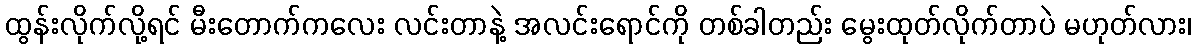
ထွန်းလိုက်လို့ရင် မီးတောက်ကလေး လင်းတာနဲ့ အလင်းရောင်ကို တစ်ခါတည်း မွေးထုတ်လိုက်တာပဲ မဟုတ်လား၊